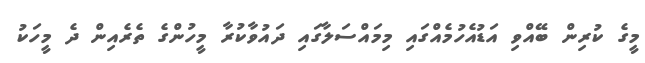
މީގެ ކުރިން ބޭއްވި އަޑުއެހުމެއްގައި މިމައްސަލާގައި ދައުވާކުރާ މީހުންގެ ތެރެއިން ދެ މީހަކު